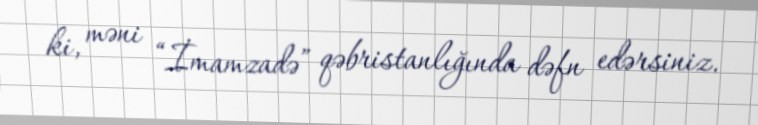
ki, məni “İmamzadə” qəbristanlığında dəfn edərsiniz.